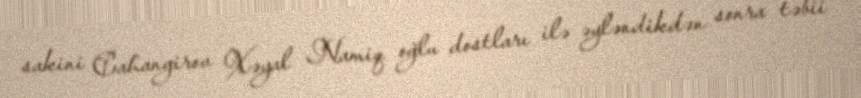
sakini Cahangirov Xəyal Namiq oğlu dostları ilə əyləndikdən sonra təbii